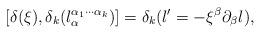
LaTeX: \begin{align*}[\delta (\xi),\delta _{k} (l_{\alpha}^{\alpha_{1} \cdots\alpha_{k}})]=\delta_{k}(l'=-\xi^{\beta} \partial_{\beta} l),\end{align*}